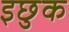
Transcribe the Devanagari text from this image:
इछुक